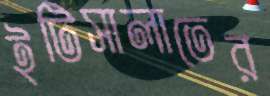
ইটিসালাতের